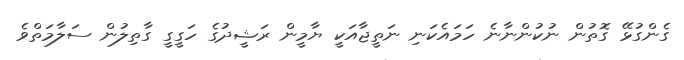
ގެންގުޅޭ ގޮތުން ނުކުންނާނެ ހަމައެކަނި ނަތީޖާއަކީ ޔާމީން ރަޝީދުގެ ހަގީގީ ގާތިލުން ސަލާމަތްވެ